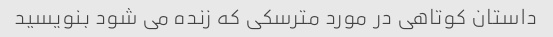
داستان کوتاهی در مورد مترسکی که زنده می شود بنویسید